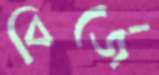
বির্জে